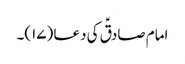
امام صادقؑ کی دعا (۱۷)۔